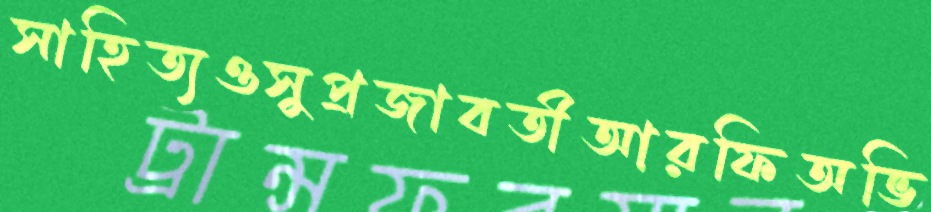
সাহিত্যওসুপ্রজাবতীআরফিঅভি